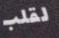
لقلب